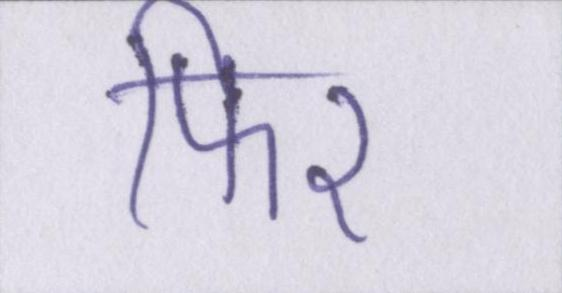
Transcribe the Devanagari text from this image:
फिर